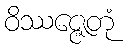
ဝိဿဇ္ဇေတုံ